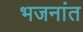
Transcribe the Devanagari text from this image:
भजनांत